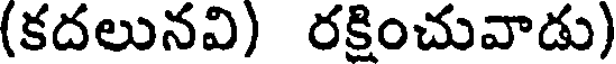
(కదలునవి) రక్షించువాడు)